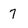
Character: 7